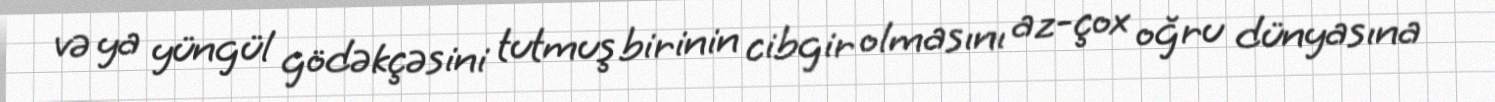
və ya yüngül gödəkçəsini tutmuş birinin cibgir olmasını az-çox oğru dünyasına